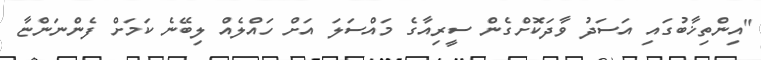
"އިންތިޚާބުގައި އަސަދު ވާދަކޮށްގެން ސީރިއާގެ މައްސަލަ އަށް ހައްލެއް ލިބޭނެ ކަމަށް ފެންނަންޏާ